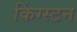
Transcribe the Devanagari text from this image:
किंग्‍स्‍टन